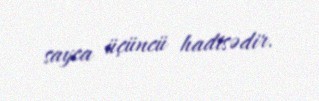
sayca üçüncü hadisədir.